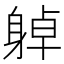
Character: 𨉔